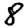
Digit: 8